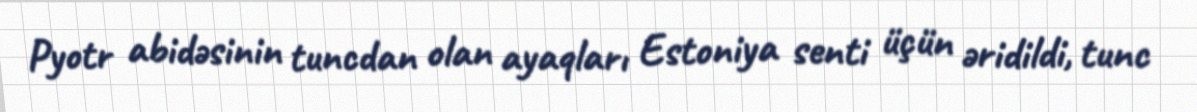
Pyotr abidəsinin tuncdan olan ayaqları Estoniya senti üçün əridildi, tunc